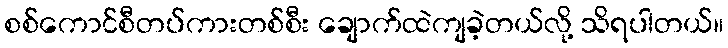
စစ်ကောင်စီတပ်ကားတစ်စီး ချောက်ထဲကျခဲ့တယ်လို့ သိရပါတယ်။